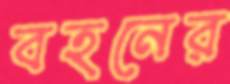
বহনের